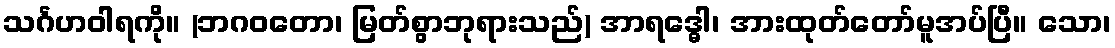
သင်္ဂဟဝါရကို။ (ဘဂဝတော၊ မြတ်စွာဘုရားသည်) အာရဒ္ဓေါ၊ အားထုတ်တော်မူအပ်ပြီ။ သော၊